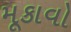
મૂકાવો